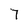
Character: 7